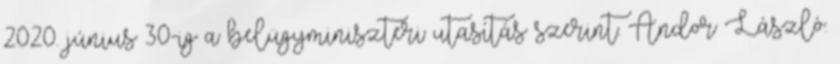
2020. június 30-ig a belügyminiszteri utasítás szerint. Andor László: